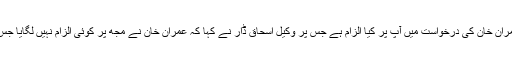
جسٹس اعجاز الاحسن نے ریمارکس میں کہا کہ یہ بتائیں کے یہ الزام عمران خان کی درخواست پر ہے، عمران خان کی درخواست میں آپ پر کیا الزام ہے جس پر وکیل اسحاق ڈار نے کہا کہ عمران خان نے مجھ پر کوئی الزام نہیں لگایا جس پر جسٹس اعجاز افضل نے ریمارکس دیئے کہ عمران خان کی درخواست میں آپ پر بھی سنگین الزام ہیں۔